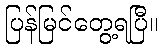
ပြန်မြင်တွေ့ရပြီ။